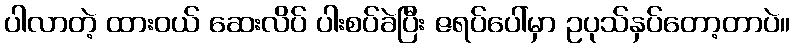
ပါလာတဲ့ ထားဝယ် ဆေးလိပ် ပါးစပ်ခဲပြီး ဇရပ်ပေါ်မှာ ဥပုသ်နှပ်တော့တာပဲ။